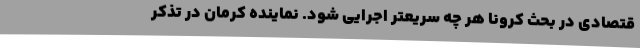
قتصادی در بحث کرونا هر چه سریعتر اجرایی شود. نماینده کرمان در تذکر